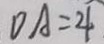
D A = 4